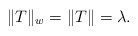
\begin{align*}\|T\|_w=\|T\|=\lambda.\end{align*}